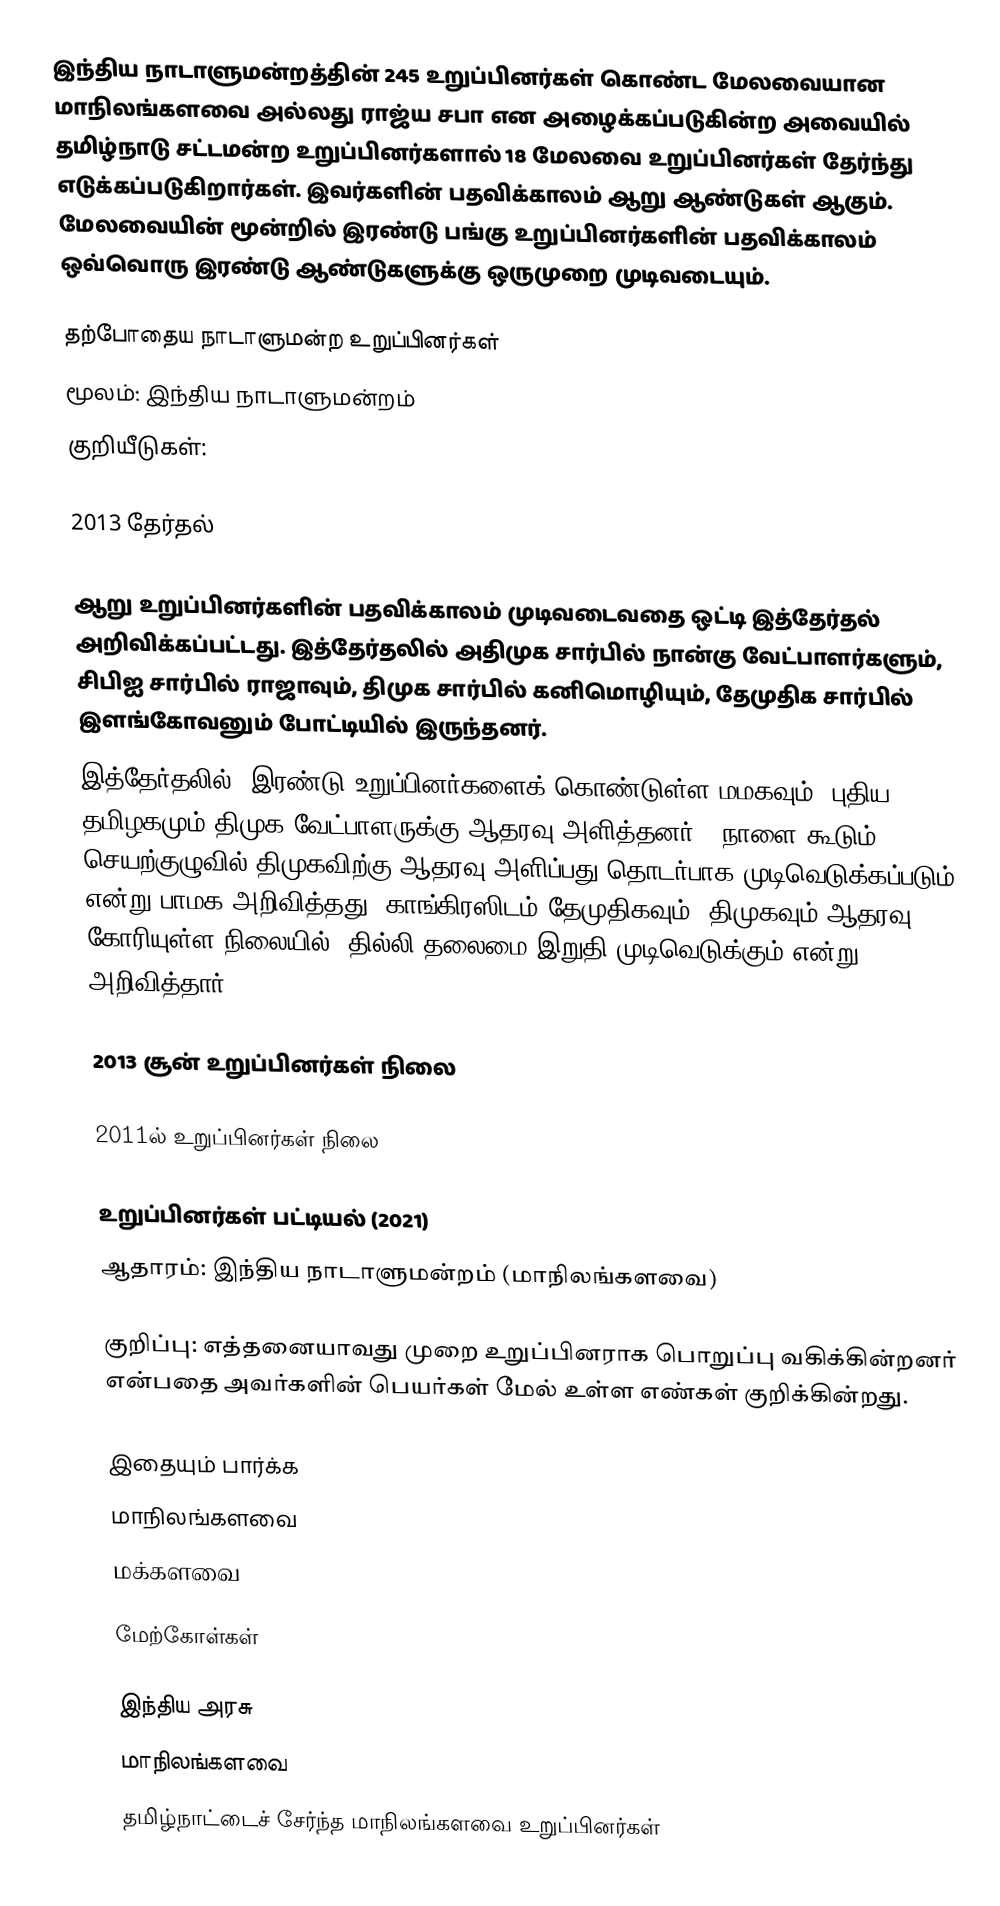
இந்திய நாடாளுமன்றத்தின் 245 உறுப்பினர்கள் கொண்ட மேலவையான மாநிலங்களவை அல்லது ராஜ்ய சபா  என அழைக்கப்படுகின்ற அவையில் தமிழ்நாடு சட்டமன்ற உறுப்பினர்களால் 18 மேலவை உறுப்பினர்கள் தேர்ந்து எடுக்கப்படுகிறார்கள். இவர்களின் பதவிக்காலம் ஆறு ஆண்டுகள் ஆகும். மேலவையின் மூன்றில் இரண்டு பங்கு உறுப்பினர்களின் பதவிக்காலம் ஒவ்வொரு இரண்டு ஆண்டுகளுக்கு ஒருமுறை முடிவடையும்.

தற்போதைய நாடாளுமன்ற உறுப்பினர்கள்
மூலம்: இந்திய நாடாளுமன்றம்
குறியீடுகள்:

2013 தேர்தல்

ஆறு உறுப்பினர்களின் பதவிக்காலம் முடிவடைவதை ஒட்டி இத்தேர்தல் அறிவிக்கப்பட்டது. இத்தேர்தலில் அதிமுக சார்பில் நான்கு வேட்பாளர்களும், சிபிஐ சார்பில் ராஜாவும், திமுக சார்பில் கனிமொழியும், தேமுதிக சார்பில் இளங்கோவனும் போட்டியில் இருந்தனர்.
இத்தேர்தலில், இரண்டு உறுப்பினர்களைக் கொண்டுள்ள மமகவும், புதிய தமிழகமும் திமுக வேட்பாளருக்கு ஆதரவு அளித்தனர்.. நாளை கூடும் செயற்குழுவில் திமுகவிற்கு ஆதரவு அளிப்பது தொடர்பாக முடிவெடுக்கப்படும் என்று பாமக அறிவித்தது. காங்கிரஸிடம் தேமுதிகவும், திமுகவும் ஆதரவு கோரியுள்ள நிலையில், தில்லி தலைமை இறுதி முடிவெடுக்கும் என்று அறிவித்தார்.

2013 சூன் உறுப்பினர்கள் நிலை

2011ல் உறுப்பினர்கள் நிலை

உறுப்பினர்கள் பட்டியல் (2021)
ஆதாரம்: இந்திய நாடாளுமன்றம் (மாநிலங்களவை)

 குறிப்பு: எத்தனையாவது முறை உறுப்பினராக பொறுப்பு வகிக்கின்றனர் என்பதை அவர்களின் பெயர்கள் மேல் உள்ள எண்கள் குறிக்கின்றது.

இதையும் பார்க்க
மாநிலங்களவை
மக்களவை

மேற்கோள்கள்

இந்திய அரசு
மாநிலங்களவை
தமிழ்நாட்டைச் சேர்ந்த மாநிலங்களவை உறுப்பினர்கள்